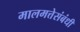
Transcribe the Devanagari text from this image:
मालमत्तेसंबंधी